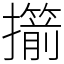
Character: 擶